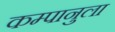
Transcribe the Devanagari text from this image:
कम्पानुला